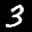
Label: 3